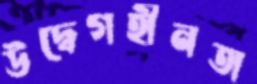
উদ্বেগহীনতা